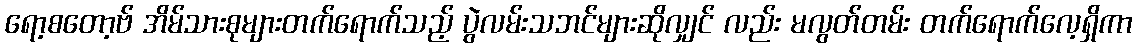
ရော့စတော့ဗ် အိမ်သားစုများတက်ရောက်သည့် ပွဲလမ်းသဘင်များဆိုလျှင် လည်း မလွတ်တမ်း တက်ရောက်လေ့ရှိကာ